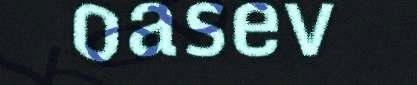
oasev